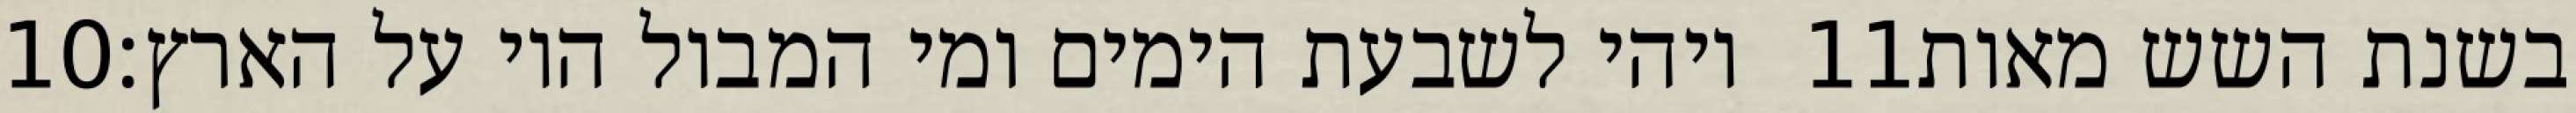
‎10‏ ויהי לשבעת הימים ומי המבול היו על הארץ׃ ‎11‏ בשנת השש מאות